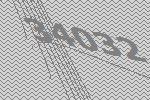
34032